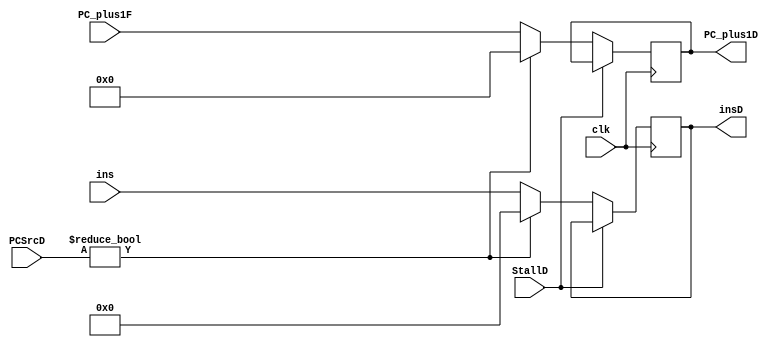
`timescale 1ns / 1ps
//////////////////////////////////////////////////////////////////////////////////
// Company: 
// Engineer: 
// 
// Design Name: 
// Module Name:    D_RegFile 
// Project Name: 
// Target Devices: 
// Tool versions: 
// Description: 
//
// Dependencies: 
//
// Revision: 
// Revision 0.01 - File Created
// Additional Comments: 
//
//////////////////////////////////////////////////////////////////////////////////
module D_RegFile(
  input clk,
  input [31:0]ins,
  input StallD,
  input [6:0]PC_plus1F,
  input [1:0]PCSrcD,
  output reg [31:0]insD,
  output reg [6:0]PC_plus1D
    );

always@(posedge clk)
begin
  if(~StallD)
     begin
	  if(PCSrcD!=2'd0)
		  begin
        insD <= 32'd0;
		  PC_plus1D <= 7'd0;
		  end
     else
        begin
	     insD <= ins;
	     PC_plus1D <= PC_plus1F;
		  end
	  end
end
endmodule